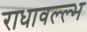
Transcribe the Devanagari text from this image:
राधावल्ल्भ